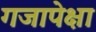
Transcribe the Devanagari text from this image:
गजापेक्षा